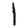
Digit: 1